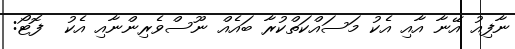
ނާފިއު އޭނާ އާއި އެކު މަސައްކަތްކުރާ ބައެއް ނޫސްވެރިންނާއި އެކު  ފޮޓޯ: